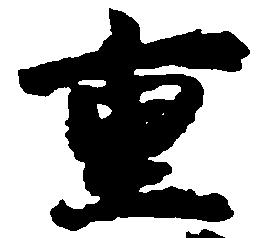
重